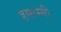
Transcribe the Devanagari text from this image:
हमाम्नी